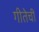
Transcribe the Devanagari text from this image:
गीतेचीं